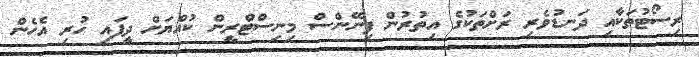
ރިސޯޓުތަކާއި ދަނޑުވެރި ރަށްތަކުގެ އިތުރުން ފިނޭންސް މިނިސްޓްރީން ކުއްޔަށް ދީފައި ހުރި އެހެން